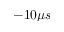
- 1 0 \mu s